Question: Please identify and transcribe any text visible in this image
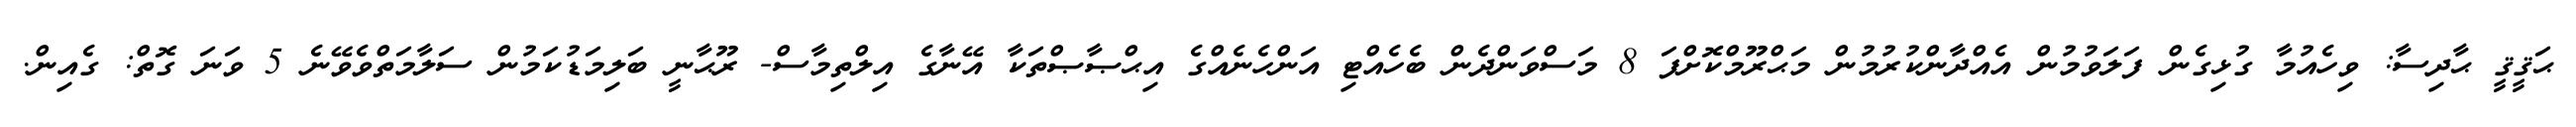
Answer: ޙަޤީޤީ ޙާދިސާ: ވިހެއުމާ ގުޅިގެން ފަލަވުމުން އެއްދާންކުރުމުން މަޙްރޫމްކޮށްފަ 8 މަސްވަންދެން ބެހެއްޓި އަންހެނެއްގެ އިޙްޞާޞްތަކާ އޭނާގެ އިލްތިމާސް- ރޫޙާނީ ބަލިމަޑުކަމުން ސަލާމަތްވެވޭނެ 5 ވަނަ ގޮތް: ގެއިން.